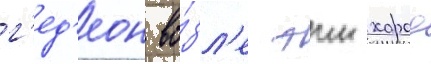
г'ед'еон во́зл'е эин харод